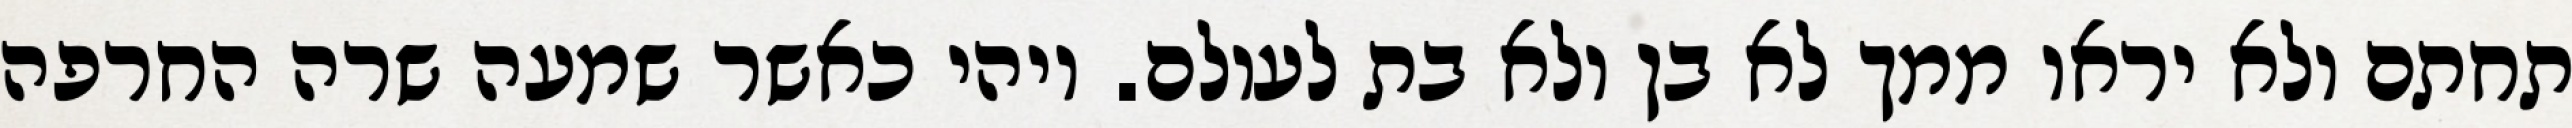
תחתם ולא יראו ממך לא בן ולא בת לעולם. ויהי כאשר שמעה שרה החרפה